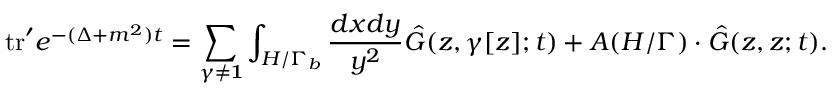
\mathrm { t r } ^ { \prime } e ^ { - ( \Delta + m ^ { 2 } ) t } = \sum _ { \gamma \neq { \bf 1 } } \int _ { H / \Gamma _ { b } } { \frac { d x d y } { y ^ { 2 } } } { \hat { G } } ( z , \gamma [ z ] ; t ) + A ( H / \Gamma ) \cdot { \hat { G } } ( z , z ; t ) .